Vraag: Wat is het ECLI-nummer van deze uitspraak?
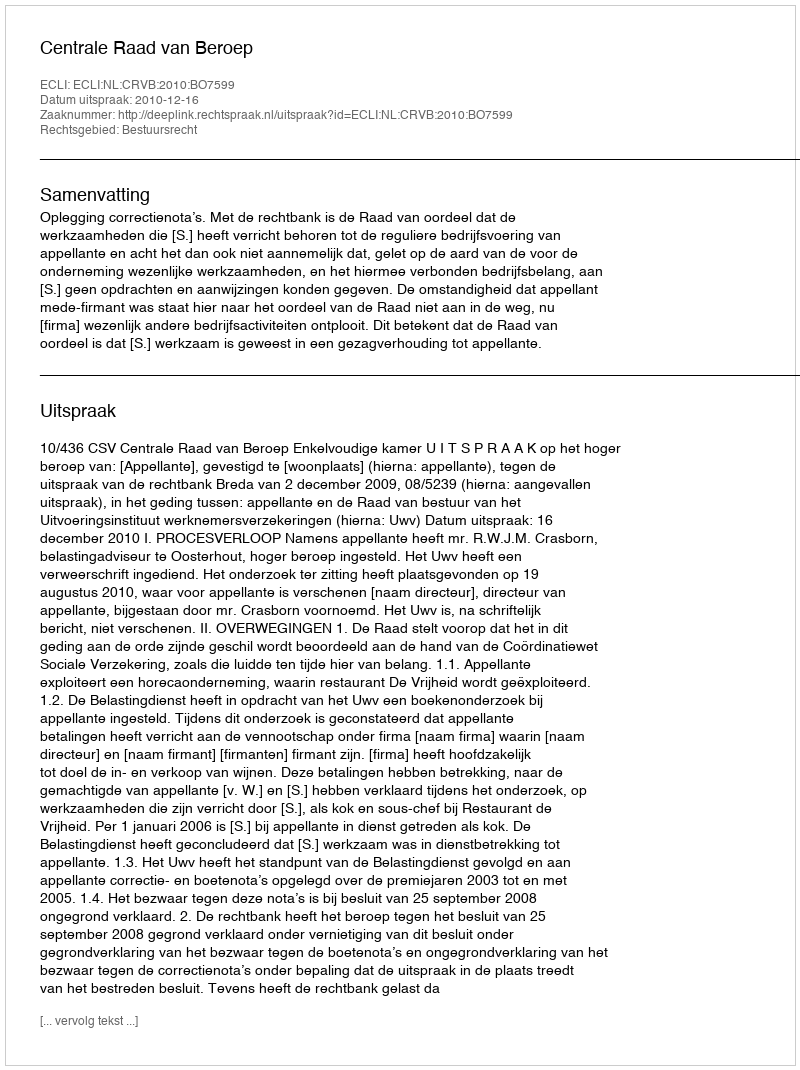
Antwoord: ECLI:NL:CRVB:2010:BO7599